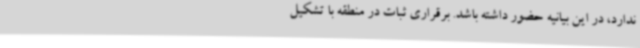
ندارد، در این بیانیه حضور داشته باشد. برقراری ثبات در منطقه با تشکیل